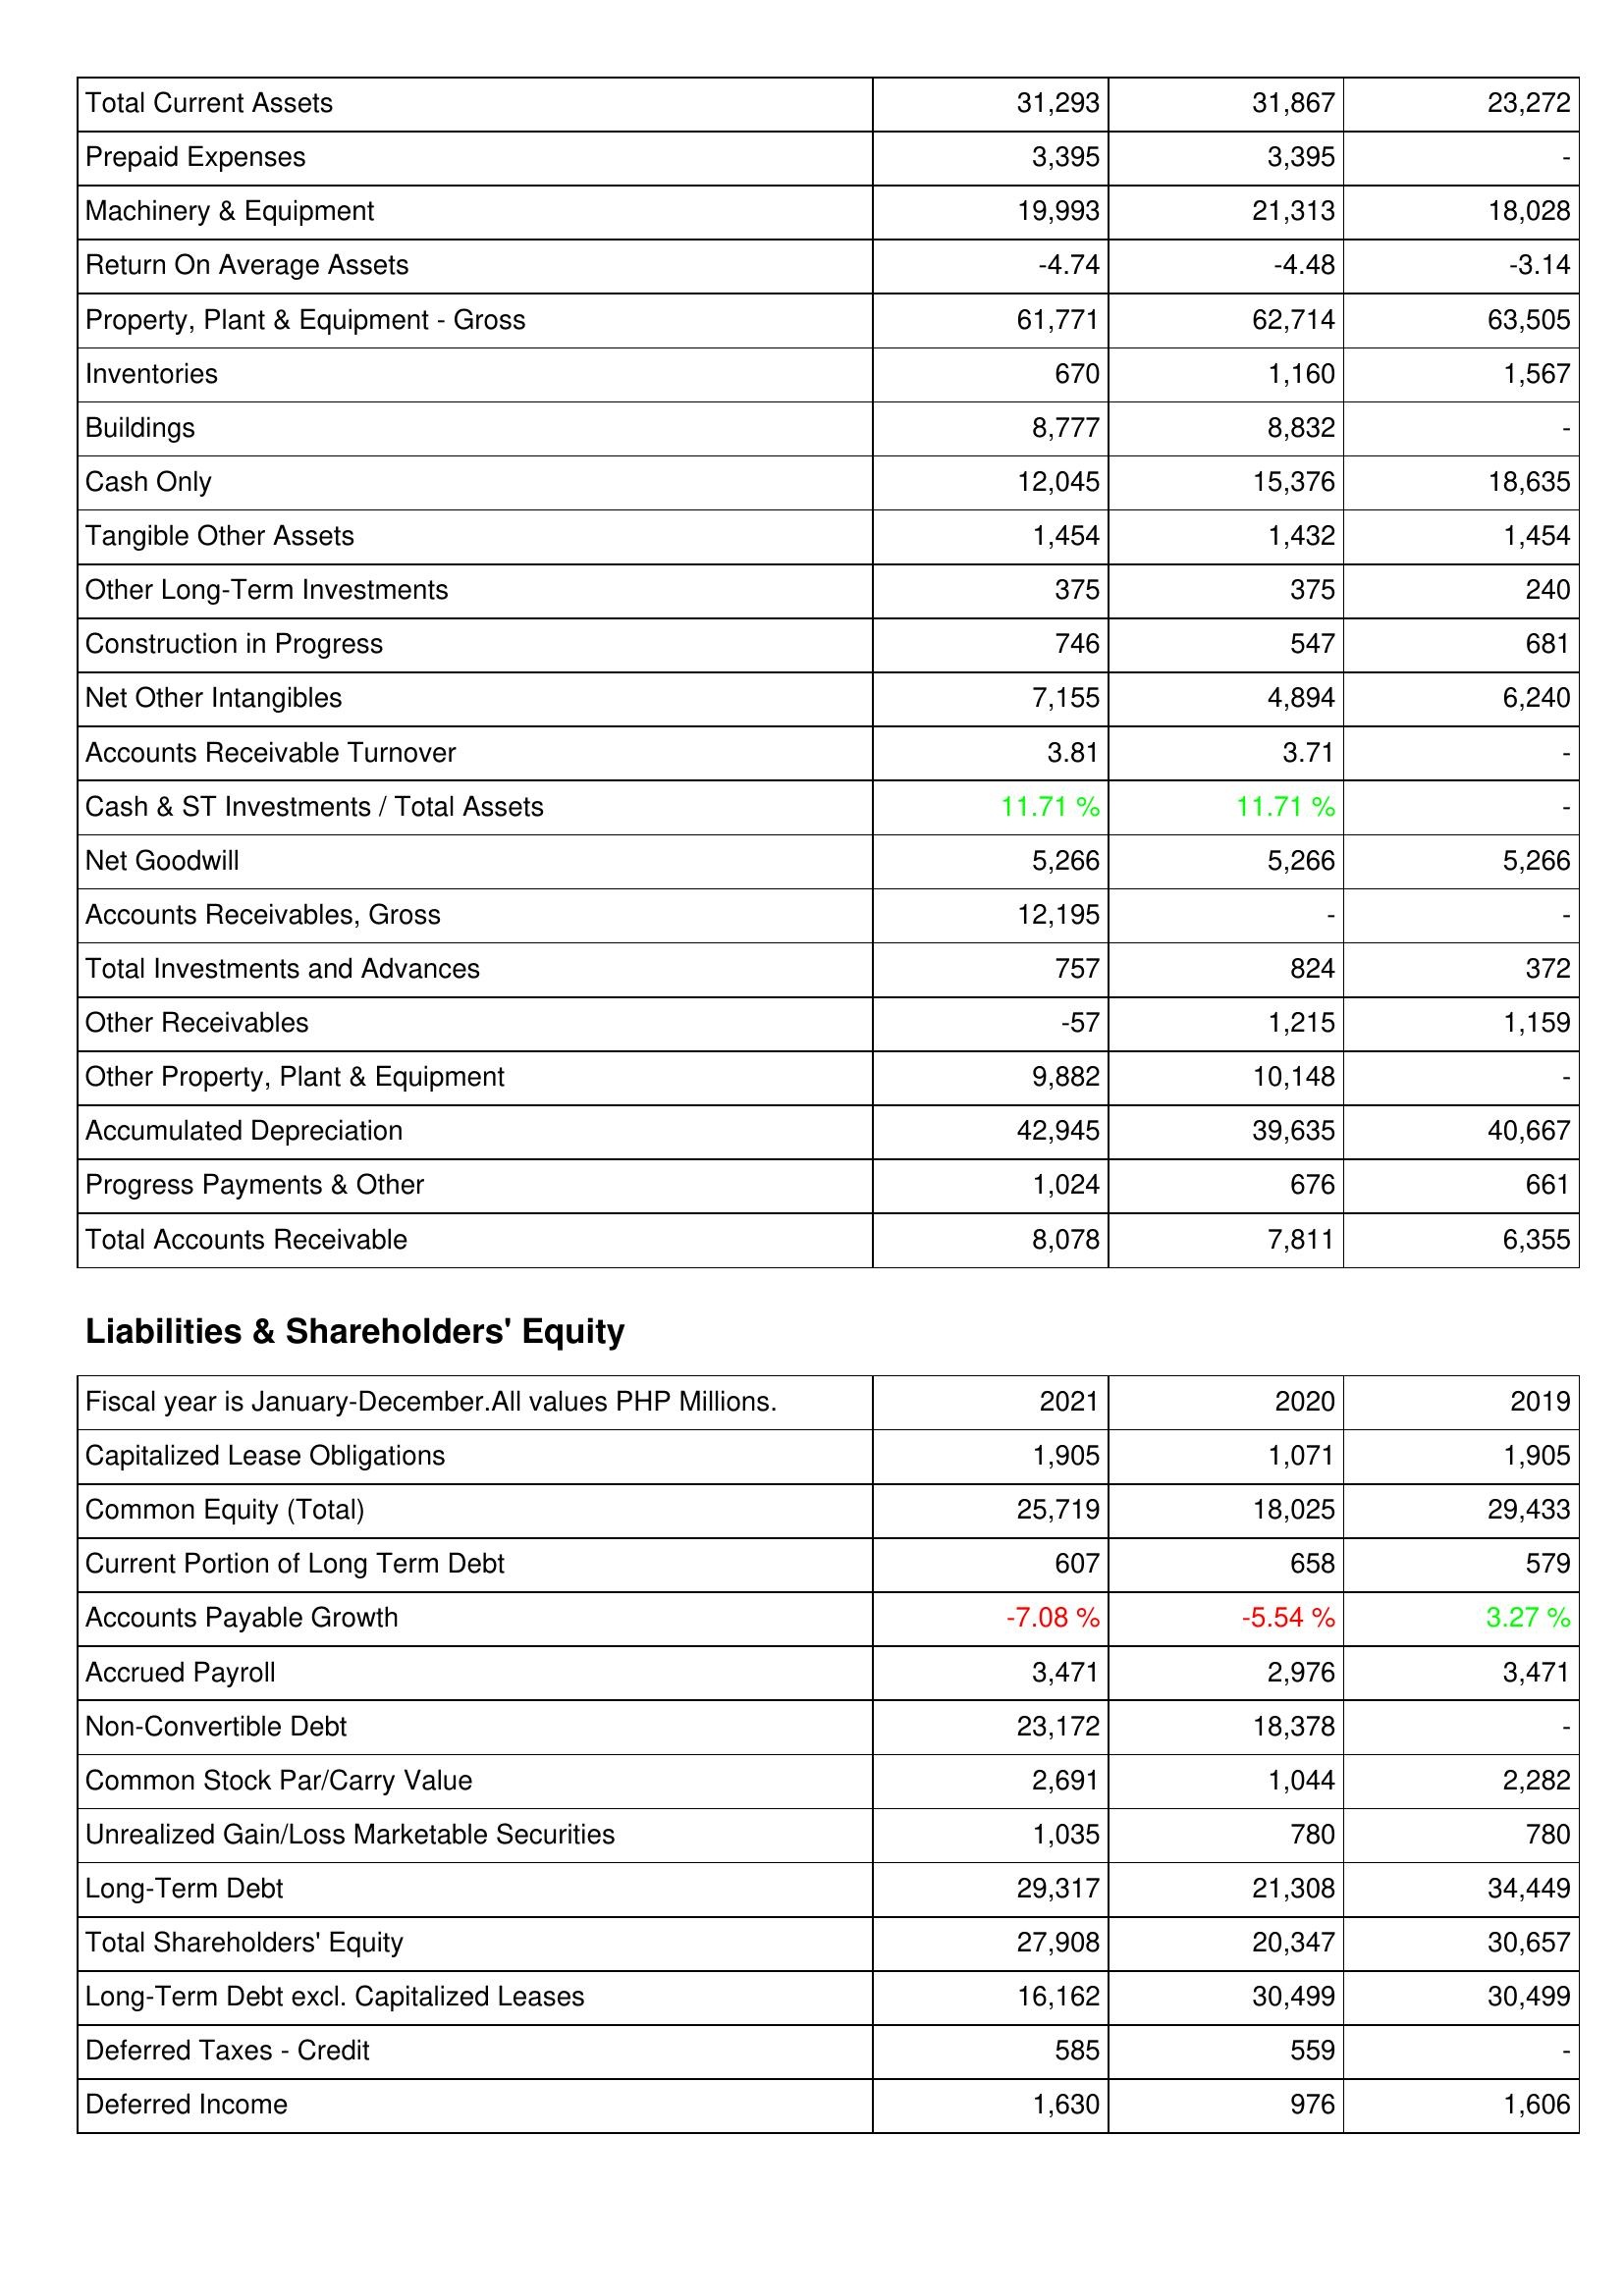
2021: Assets: Total Current Assets: 31,293
Prepaid Expenses: 3,395
Machinery & Equipment: 19,993
Return On Average Assets: -4.74
Property, Plant & Equipment - Gross: 61,771
Inventories: 670
Buildings: 8,777
Cash Only: 12,045
Tangible Other Assets: 1,454
Other Long-Term Investments: 375
Construction in Progress: 746
Net Other Intangibles: 7,155
Accounts Receivable Turnover: 3.81
Cash & ST Investments / Total Assets: 11.71 %
Net Goodwill: 5,266
Accounts Receivables, Gross: 12,195
Total Investments and Advances: 757
Other Receivables: -57
Other Property, Plant & Equipment: 9,882
Accumulated Depreciation: 42,945
Progress Payments & Other: 1,024
Total Accounts Receivable: 8,078
Liabilities & Shareholders' Equity: Capitalized Lease Obligations: 1,905
Common Equity (Total): 25,719
Current Portion of Long Term Debt: 607
Accounts Payable Growth: -7.08 %
Accrued Payroll: 3,471
Non-Convertible Debt: 23,172
Common Stock Par/Carry Value: 2,691
Unrealized Gain/Loss Marketable Securities: 1,035
Long-Term Debt: 29,317
Total Shareholders' Equity: 27,908
Long-Term Debt excl. Capitalized Leases: 16,162
Deferred Taxes - Credit: 585
Deferred Income: 1,630
2020: Assets: Total Current Assets: 31,867
Prepaid Expenses: 3,395
Machinery & Equipment: 21,313
Return On Average Assets: -4.48
Property, Plant & Equipment - Gross: 62,714
Inventories: 1,160
Buildings: 8,832
Cash Only: 15,376
Tangible Other Assets: 1,432
Other Long-Term Investments: 375
Construction in Progress: 547
Net Other Intangibles: 4,894
Accounts Receivable Turnover: 3.71
Cash & ST Investments / Total Assets: 11.71 %
Net Goodwill: 5,266
Accounts Receivables, Gross: -
Total Investments and Advances: 824
Other Receivables: 1,215
Other Property, Plant & Equipment: 10,148
Accumulated Depreciation: 39,635
Progress Payments & Other: 676
Total Accounts Receivable: 7,811
Liabilities & Shareholders' Equity: Capitalized Lease Obligations: 1,071
Common Equity (Total): 18,025
Current Portion of Long Term Debt: 658
Accounts Payable Growth: -5.54 %
Accrued Payroll: 2,976
Non-Convertible Debt: 18,378
Common Stock Par/Carry Value: 1,044
Unrealized Gain/Loss Marketable Securities: 780
Long-Term Debt: 21,308
Total Shareholders' Equity: 20,347
Long-Term Debt excl. Capitalized Leases: 30,499
Deferred Taxes - Credit: 559
Deferred Income: 976
2019: Assets: Total Current Assets: 23,272
Prepaid Expenses: -
Machinery & Equipment: 18,028
Return On Average Assets: -3.14
Property, Plant & Equipment - Gross: 63,505
Inventories: 1,567
Buildings: -
Cash Only: 18,635
Tangible Other Assets: 1,454
Other Long-Term Investments: 240
Construction in Progress: 681
Net Other Intangibles: 6,240
Accounts Receivable Turnover: -
Cash & ST Investments / Total Assets: -
Net Goodwill: 5,266
Accounts Receivables, Gross: -
Total Investments and Advances: 372
Other Receivables: 1,159
Other Property, Plant & Equipment: -
Accumulated Depreciation: 40,667
Progress Payments & Other: 661
Total Accounts Receivable: 6,355
Liabilities & Shareholders' Equity: Capitalized Lease Obligations: 1,905
Common Equity (Total): 29,433
Current Portion of Long Term Debt: 579
Accounts Payable Growth: 3.27 %
Accrued Payroll: 3,471
Non-Convertible Debt: -
Common Stock Par/Carry Value: 2,282
Unrealized Gain/Loss Marketable Securities: 780
Long-Term Debt: 34,449
Total Shareholders' Equity: 30,657
Long-Term Debt excl. Capitalized Leases: 30,499
Deferred Taxes - Credit: -
Deferred Income: 1,606